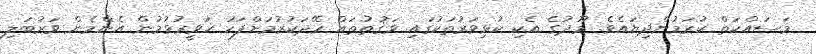
މަސައްކަތް ކުރަމުންދިޔައެވެ. މޫދުގެ އެކި ކުޅިވަރުތަކުގައި ވަޤުތުތައް ހޭދަކުރުމަށްފަހު ހަވީރުވުމުން އެންމެން ވަރުބަލި